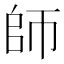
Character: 師